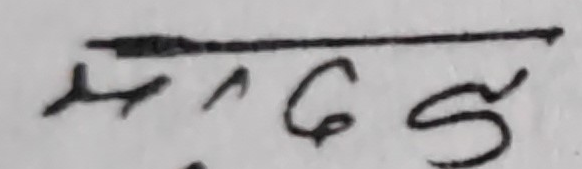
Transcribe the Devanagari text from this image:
म. ६५